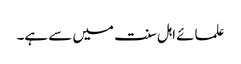
علمائے اہل سنت میں سے ہے۔